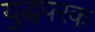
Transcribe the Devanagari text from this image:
युद्धपरक